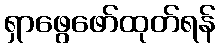
ရှာဖွေဖော်ထုတ်ရန်